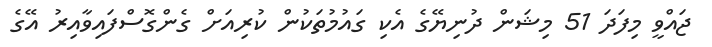
ޖައްވީ މިފަދަ 51 މިޝަން ދުނިޔޭގެ އެކި ގައުމުތަކުން ކުރިއަށް ގެންގޮސްފައިވާއިރު އޭގެ